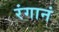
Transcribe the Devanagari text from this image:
रंगानं